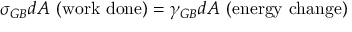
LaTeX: \sigma _ { G B } d A { \mathrm { ~ ( w o r k ~ d o n e ) } } = \gamma _ { G B } d A { \mathrm { ~ ( e n e r g y ~ c h a n g e ) } } \,